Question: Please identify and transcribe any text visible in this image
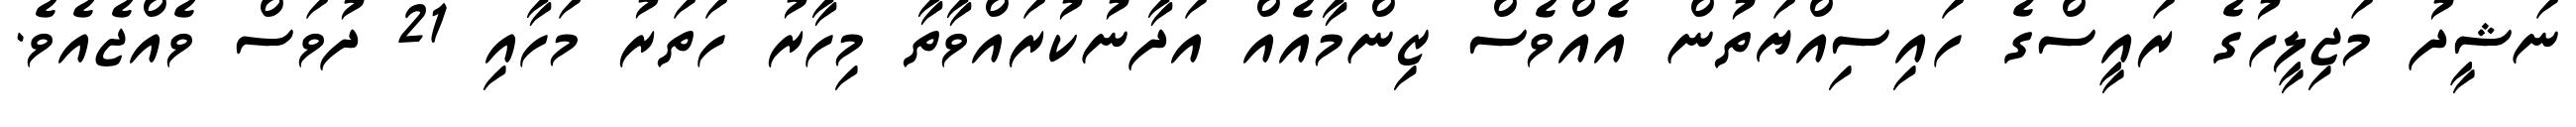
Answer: ނަޝީދު މަޖިލީހުގެ ރައީސްގެ ހައިސިއްޔަތުން އެއްވެސް ޒިންމާއެއް އަދާނުކުރައްވާތާ މިހާރު ހަތަރު މަހާއި 21 ދުވަސް ވެއްޖެއެވެ.